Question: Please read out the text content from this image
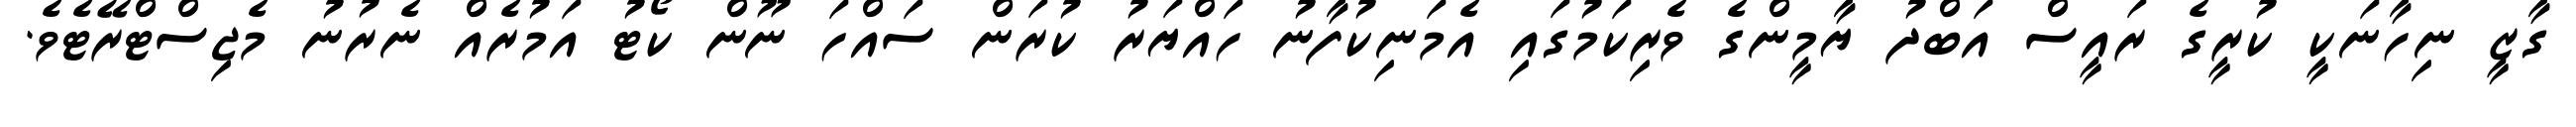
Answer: ގާޒީ ނިހާނަކީ ކުރީގެ ރައީސް އަބްދު ޔާމީންގެ ވެރިކަމުގައި އެމަނިކުފާނު ހައްޔަރު ކުރަން ސައްހަ ނޫން ކޯޓު އަމުރެއް ނެރުނު މެޖިސްޓްރޭޓެވެ.